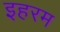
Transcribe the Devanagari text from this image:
इहरम